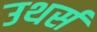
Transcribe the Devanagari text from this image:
उथर्स